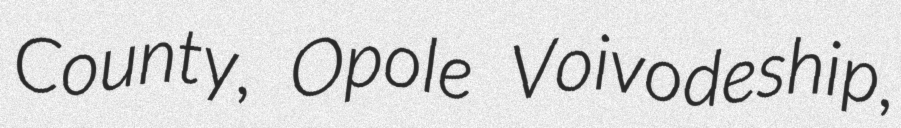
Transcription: County, Opole Voivodeship,